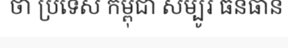
ថា ប្រទេស កម្ពុជា សម្បូរ ធនធាន